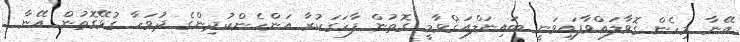
އޭނާ މިހެން ގޮވާލައްވާފައިވަނީ ބައިނަލްއަޤްވާމީ ގޮތުން ފާހަގަކުރާ އަންހެންކުދިންގެ ދުވަހާ ގުޅޭގޮތުން އޭނާ